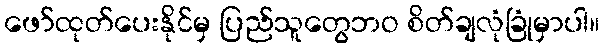
ဖော်ထုတ်ပေးနိုင်မှ ပြည်သူတွေဘဝ စိတ်ချလုံခြုံမှာပါ။